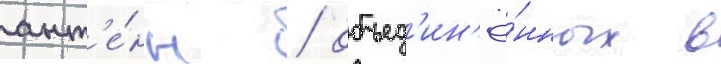
ант'е́нн / объед'ин'ё́нных в